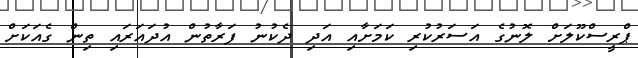
ޕްރީސްކޫލަށް ލޮނުގެ އަސަރުކުރި ކަމަށާއި އަދި ދެކުނު ފަރާތުން އުދައަރައި ތިން ގެއަކަށް